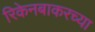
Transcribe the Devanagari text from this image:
रिकेनबाकरच्या